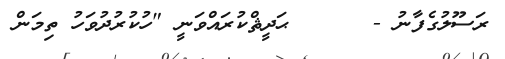
ރަސޫލުގެފާނު -      ޙަދީޘްކުރައްވަނީ "ހުކުރުދުވަހު ތިމަން